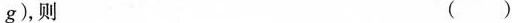
g)，则 ()